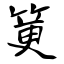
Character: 筻